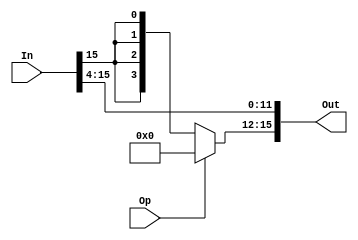
/*
    shift right 4 bit
*/
module right_4 (In, Op, Out);
    parameter   N = 16;
    
    input [N-1:0]  In;
    input Op;
    output [N-1:0] Out;
    
    assign Out[15:12] = Op ? 4'b0 : {4{In[15]}};
    assign Out[11:0] = In[15:4];
endmodule